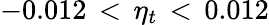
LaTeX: -0.012\, <\, \eta_{t}\, <\, 0.012